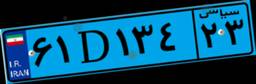
۶۶D۴۱۴۶۲